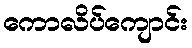
ကောလိပ်ကျောင်း